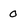
Character: 0